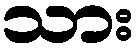
သား